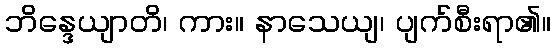
ဘိန္ဒေယျာတိ၊ ကား။ နာသေယျ၊ ပျက်စီးရာ၏။